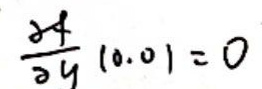
$\frac{4}{y}(0.0)=0$